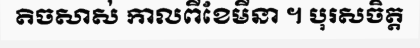
តិចសាស់ កាលពីខែមីនា ។ បុរសចិត្ត